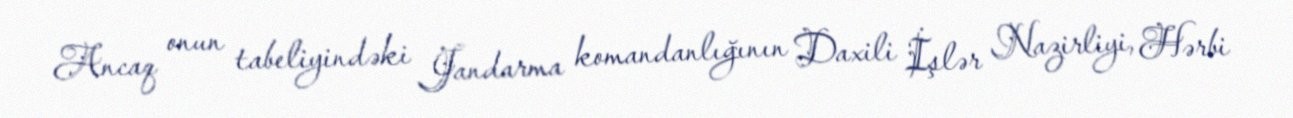
Ancaq onun tabeliyindəki Jandarma komandanlığının Daxili İşlər Nazirliyi, Hərbi